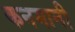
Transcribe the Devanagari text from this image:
कनमानी